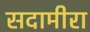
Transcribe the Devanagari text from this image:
सदामीरा